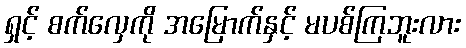
ရှင့် စက်လှေကို အမြောက်နှင့် မပစ်ကြဘူးလား